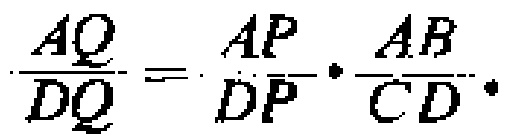
\(\frac{AQ}{DQ}=\frac{AP}{DP}\cdot\frac{AB}{CD}\)